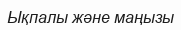
Ықпалы және маңызы